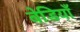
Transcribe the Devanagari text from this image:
बेडियाँ